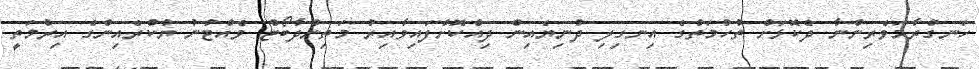
ހަނގުރާމަވެރިންނާ ދެކޮޅަށް ތުހުމަތުގެ އިނގިލި ދުނިޔެއިން ދިއްކޮށްފައިވާއިރު މަތިންދާބޯޓް ވެއްޓުނު ޔުކްރެއިންގެ އިރުމަތީ